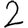
Digit: 2